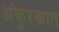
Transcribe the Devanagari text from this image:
अंकुरकात